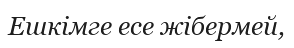
Ешкімге есе жібермей,